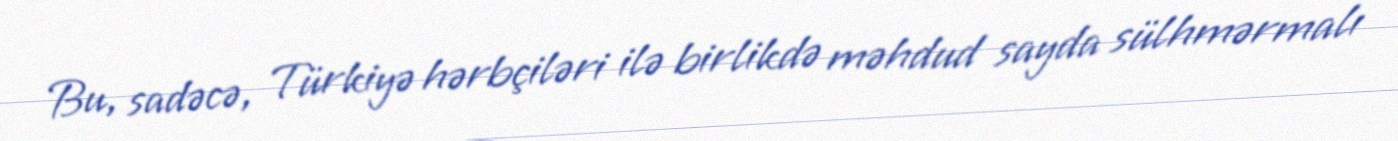
Bu, sadəcə, Türkiyə hərbçiləri ilə birlikdə məhdud sayda sülhmərmalı